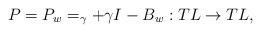
LaTeX: \begin{align*} P=P_w=_\gamma+\gamma I-B_w:TL\rightarrow TL, \end{align*}